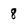
Character: 8